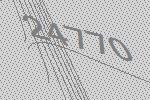
24770